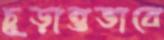
চূড়ান্তভাবে